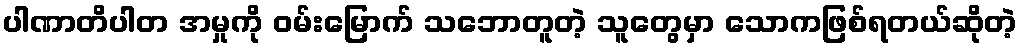
ပါဏာတိပါတ အမှုကို ဝမ်းမြောက် သဘောတူတဲ့ သူတွေမှာ သောကဖြစ်ရတယ်ဆိုတဲ့